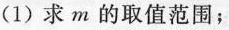
(1)求m的取值范围；